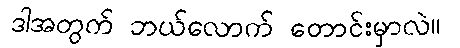
ဒါအတွက် ဘယ်လောက် တောင်းမှာလဲ။